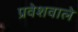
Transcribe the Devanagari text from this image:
प्रवेशवाले